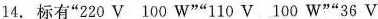
14.标有”220V 100W””110V 100W””36V